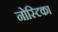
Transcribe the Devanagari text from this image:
नोस्टिका